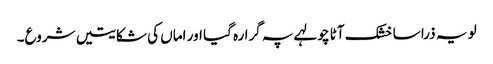
لو یہ ذرا سا خشک آٹا چولہے پہ گرا رہ گیا اور اماں کی شکایتیں شروع۔